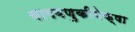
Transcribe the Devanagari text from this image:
वागवणुकीपेक्षा